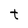
Character: t